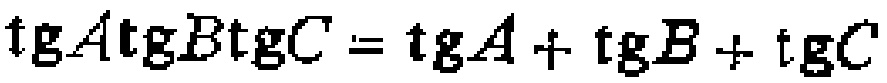
\(\tg A\tg B\tg C=\tg A+\tg B+\tg C\)